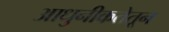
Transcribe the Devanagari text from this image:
आधुनीकतेतून